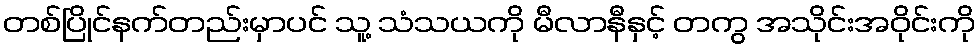
တစ်ပြိုင်နက်တည်းမှာပင် သူ့ သံသယကို မီလာနီနှင့် တကွ အသိုင်းအဝိုင်းကို